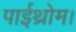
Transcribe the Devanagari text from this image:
पाईथ्रोम।